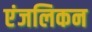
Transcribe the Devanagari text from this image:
एंजलिकन